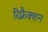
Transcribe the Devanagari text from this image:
रिफ़्रैक्शन